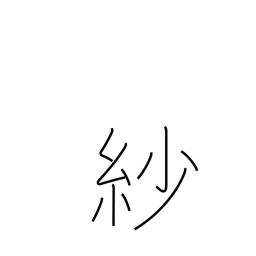
Meaning: gossamer